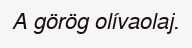
A görög olívaolaj.